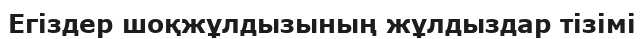
Егіздер шоқжұлдызының жұлдыздар тізімі